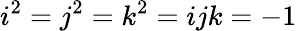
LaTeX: i^{2}=j^{2}=k^{2}=ijk=-1